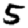
Digit: 5